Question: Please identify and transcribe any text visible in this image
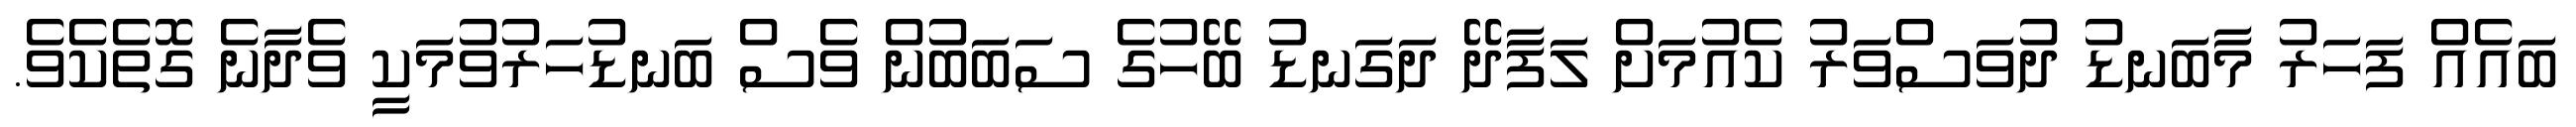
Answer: ބައެއް ފަހަރު މާބަނޑު ދުވަސްވަރު ކެއުމަށް ލަފާދޭ ދަގަނޑު ބޭހުގެ ސަބަބުން ވެސް ބަނޑުހަރުވުމަކީ ވެދާނެ ގޮތެކެވެ.